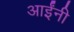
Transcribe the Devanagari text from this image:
आईंनी